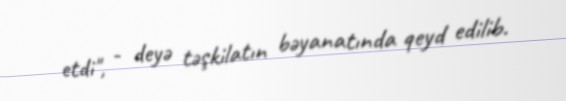
etdi", - deyə təşkilatın bəyanatında qeyd edilib.